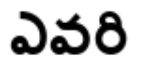
ఎవరి